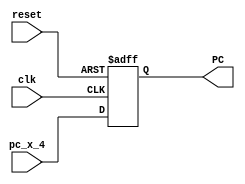
`timescale 1ns / 1ps
//////////////////////////////////////////////////////////////////////////////////
// Company: 
// Engineer: 
// 
// Design Name: 
// Module Name: pc_gen
// Project Name: 
// Target Devices: 
// Tool Versions: 
// Description: 
// 
// Dependencies: 
// 
// Revision:
// Revision 0.01 - File Created
// Additional Comments:
// 
//////////////////////////////////////////////////////////////////////////////////


module pc_gen(
    input clk,
    input reset,
    input [31:0]pc_x_4,
     output  [31:0]PC
    );
    reg [31:0]pc_x;
    assign PC=pc_x;
    
    always @(posedge clk,negedge reset)
     begin
     if(reset==0)
       pc_x=0;
       else
      pc_x=pc_x_4;  
    end
    
endmodule